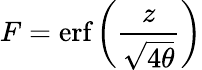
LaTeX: F=\textrm{erf}\left(\frac{z}{\sqrt{4\theta}}\right)